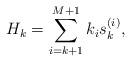
LaTeX: \begin{align*}H_k = \sum_{i=k+1}^{M+1}k_i s^{(i)}_k, \end{align*}